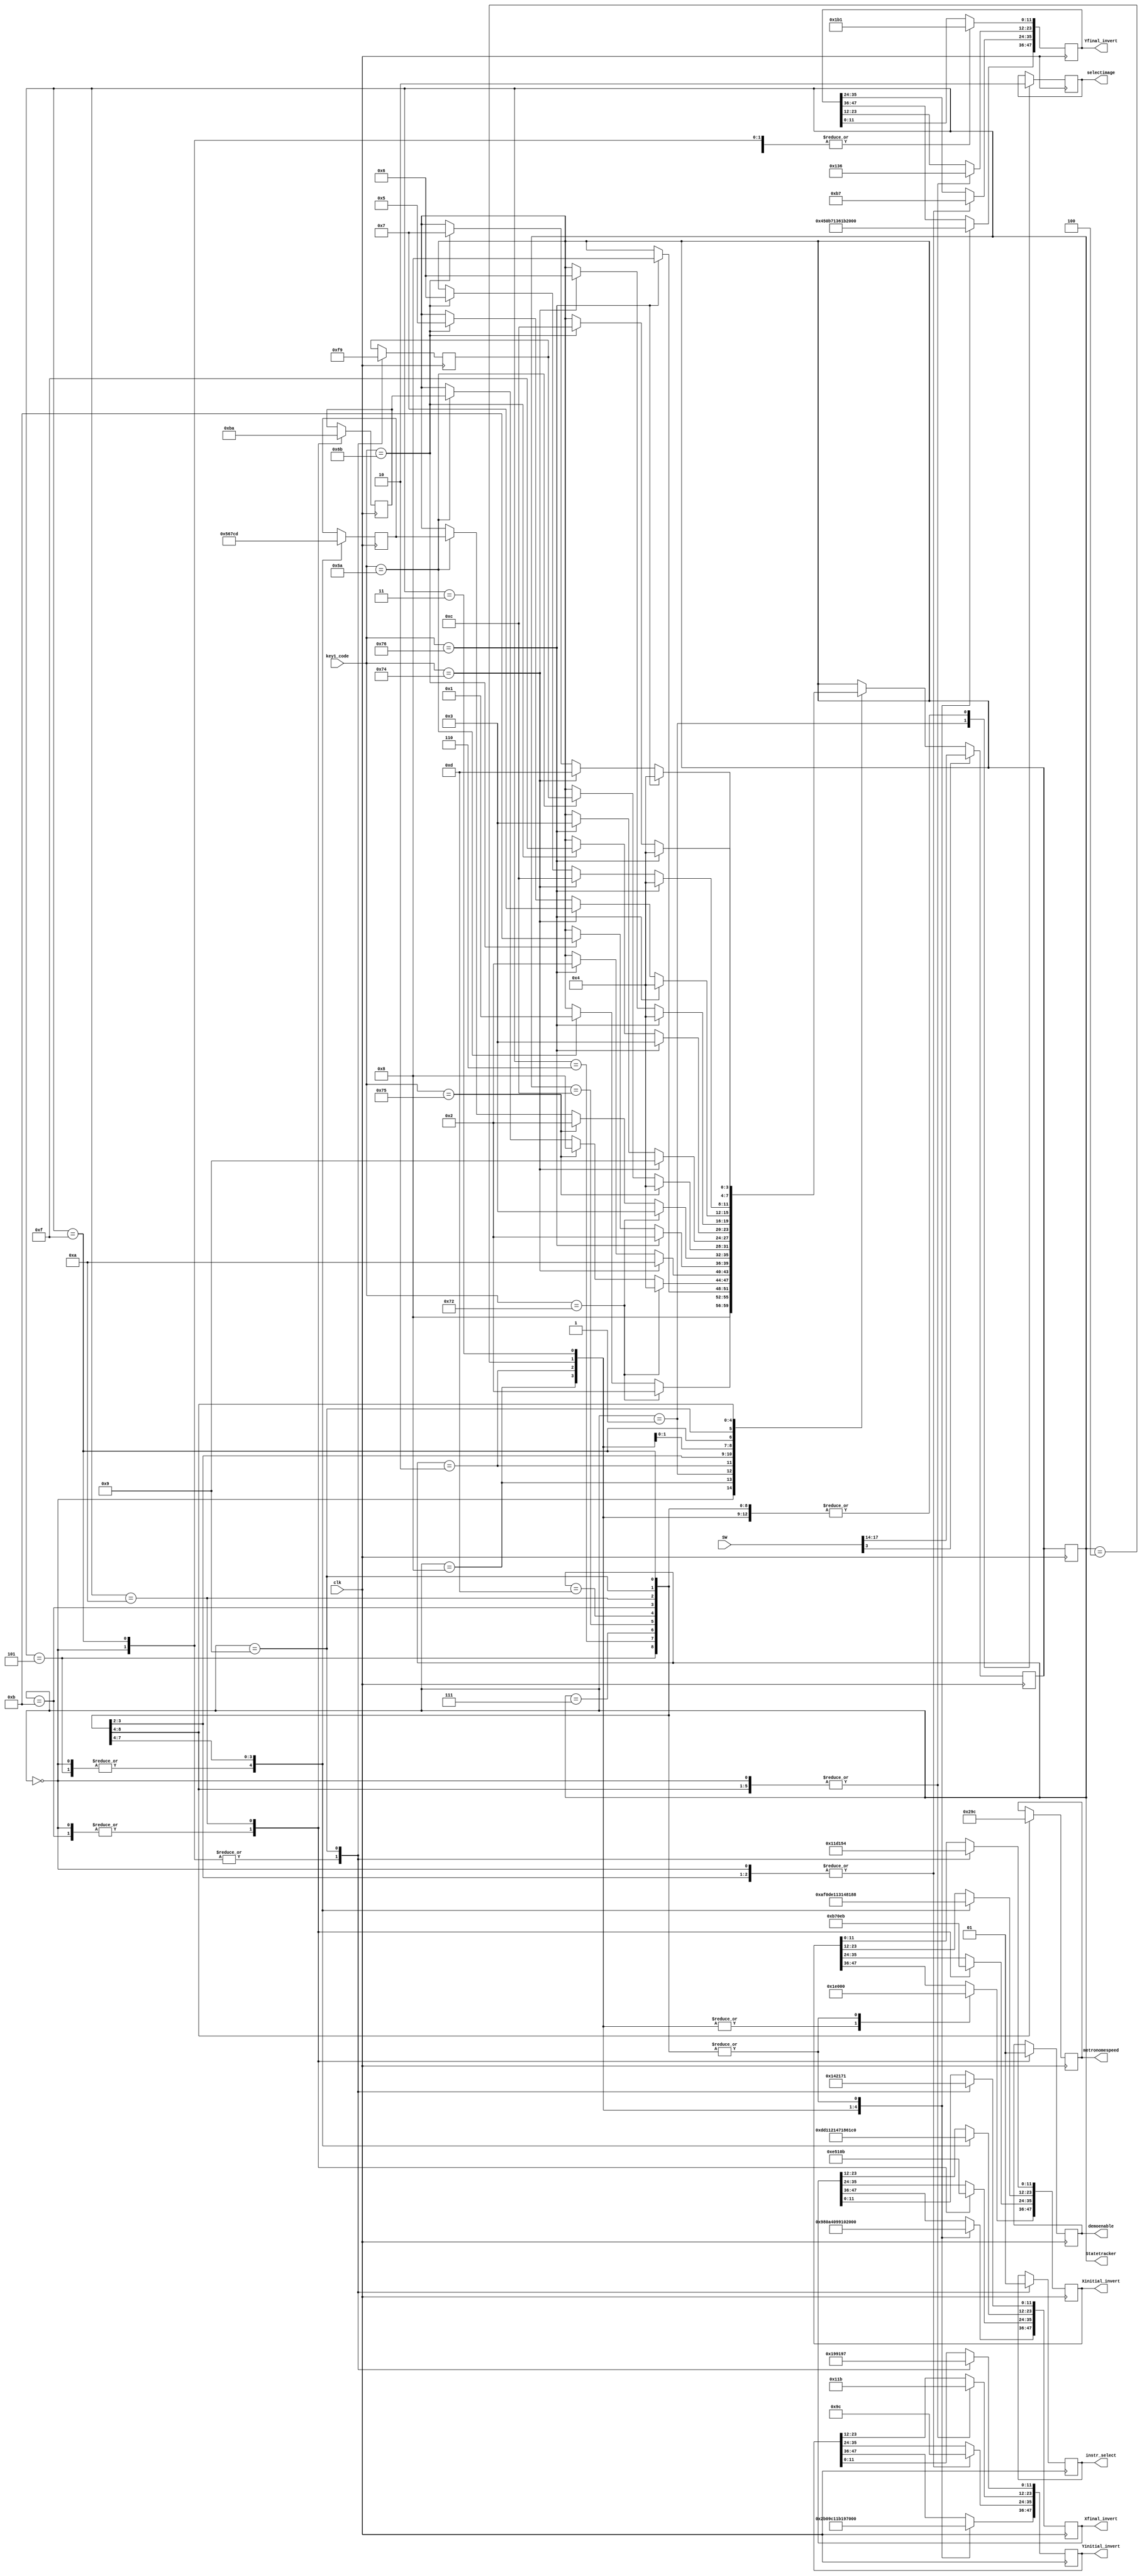
module MenuStateMachine(
input [7:0] key1_code,
input [17:0] SW, //For debugging purposes
input clk,
output reg [47:0]Xinitial_invert, //[47:36] is the first inverted zone(main buttons), [35:24] for 2nd(demo on/off), [23:12] for 3rd(bpm), [11:0] for 4th (instrument)
output reg [47:0]Xfinal_invert,
output reg [47:0]Yinitial_invert, //[47:36] is the first inverted zone(main buttons), [35:24] for 2nd(demo on/off), [23:12] for 3rd(bpm), [11:0] for 4th (instrument)
output reg [47:0]Yfinal_invert,
output reg selectimage, //0 for main menu, 1 for keys screen
output reg [2:0] metronomespeed,
//output ,//specific addresses to invert for needle
output reg demoenable, //0 for user inputs playing, 1 for demo track playing
output reg instr_select,
output [3:0] Statetracker
);

reg [3:0] S;
reg[3:0] NS;
assign Statetracker = S;
parameter
Start 					= 4'b0000, //***0th State to instantiate the demo/metro OFF button
View_Keys_Highl 		= 4'b1000, 
Display_Keys 			= 4'b0001,
Demo_Highl 				= 4'b0010,
Demo_ON 					= 4'b1010,
Demo_OFF					= 4'b1011,
Select_Instr_Highl 	= 4'b0011,
Instr1					= 4'b1111,
Instr2					= 4'b1001,
Metro_Highl 			= 4'b0100,
Metro_Off 				= 4'b0101,
Metro_80bpm 			= 4'b0110,
Metro_90bpm 			= 4'b0111,
Metro_100bpm 			= 4'b1100,
Metro_110bpm 			= 4'b1101;
//Maybe states for a new screen for instrument selection, maybe display everything in the main menu to save memory/ compile time?


always @(posedge clk) 
S <= NS;

always @(posedge clk) begin
if(SW[3]) NS <= SW[17:14]; //For debugging purposes
else
	case(S)
		Start:				//////////////////////////////////////////////////////////////////////////////////////////////////////////////////////////////////////
			NS<= View_Keys_Highl;
			
		View_Keys_Highl: 	//////////////////////////////////////////////////////////////////////////////////////////////////////////////////////////////////////
		begin
			if(key1_code == 8'b01110010) //down arrow
				NS <= Demo_Highl;
			else if(key1_code == 8'h5a) //enter
				NS <= Display_Keys;
		end
		Display_Keys:		//////////////////////////////////////////////////////////////////////////////////////////////////////////////////////////////////////
		begin
			if(key1_code == 8'h76) //escape
				NS <= View_Keys_Highl;
		end
		Demo_Highl:			//////////////////////////////////////////////////////////////////////////////////////////////////////////////////////////////////////
		begin
			if(key1_code == 8'h72) //down arrow
				NS <= Metro_Highl;
			else if(key1_code == 8'h75) //up arrow
				NS <= View_Keys_Highl;
			else if(key1_code == 8'h5a)
				NS <= demoremember;
		
		end
		Demo_OFF:
		begin
			if(key1_code == 8'h74) //right arrow
				NS <= Demo_ON;
			else if(key1_code == 8'h76) //escape
				NS <= Demo_Highl;
		end
		Demo_ON:
		begin
			if(key1_code == 8'h76) //escape
				NS <= Demo_Highl;
			else if(key1_code == 8'h6b) // left arrow
				NS <= Demo_OFF;
		end
		Metro_Highl:		//////////////////////////////////////////////////////////////////////////////////////////////////////////////////////////////////////
		begin
			if(key1_code == 8'h72) //down arrow
				NS <= Select_Instr_Highl;
			else if(key1_code == 8'h75) //up arrow
				NS <= Demo_Highl;
			else if(key1_code == 8'h5a) //enter
				NS <= BPMremember; //Goes to the currently selected option
		end
		Select_Instr_Highl://////////////////////////////////////////////////////////////////////////////////////////////////////////////////////////////////////
			begin
				if(key1_code == 8'h75) //up arrow
					NS <= Metro_Highl;
				else if(key1_code == 8'h5a) //enter
					NS <= instr_remember;
			end
		Instr1:
		begin
			if(key1_code == 8'h74) //right arrow
				NS <= Instr2;
			else if(key1_code == 8'h76) //escape
				NS <= Select_Instr_Highl;
		end
		Instr2:
		begin
			if(key1_code == 8'h76) //escape
				NS <= Select_Instr_Highl;
			else if(key1_code == 8'h6b) // left arrow
				NS <= Instr1;
		end
		Metro_Off:			//////////////////////////////////////////////////////////////////////////////////////////////////////////////////////////////////////
			begin
				if(key1_code == 8'h76) //escape
					NS <= Metro_Highl;
				else if(key1_code == 8'h74) //right arrow
					NS <= Metro_80bpm;
			end
		Metro_80bpm:		//////////////////////////////////////////////////////////////////////////////////////////////////////////////////////////////////////
			begin
				if(key1_code == 8'h76) //escape
					NS <= Metro_Highl;
				else if(key1_code == 8'h74) //right arrow
					NS <= Metro_90bpm;
				else if(key1_code == 8'h6b) // left arrow
					NS <= Metro_Off;
			end
		Metro_90bpm:		//////////////////////////////////////////////////////////////////////////////////////////////////////////////////////////////////////
			begin
				if(key1_code == 8'h76) //escape
					NS = Metro_Highl;
				else if(key1_code == 8'h74) //right arrow
					NS = Metro_100bpm;
				else if(key1_code == 8'h6b) // left arrow
					NS = Metro_80bpm;
			end
		Metro_100bpm:		//////////////////////////////////////////////////////////////////////////////////////////////////////////////////////////////////////
			begin
				if(key1_code == 8'h76) //escape
					NS = Metro_Highl;
				else if(key1_code == 8'h74) //right arrow
					NS = Metro_110bpm;
				else if(key1_code == 8'h6b) // left arrow
					NS = Metro_90bpm;
			end
		Metro_110bpm:		//////////////////////////////////////////////////////////////////////////////////////////////////////////////////////////////////////
			begin
				if(key1_code == 8'h76) //escape
					NS = Metro_Highl;
				else if(key1_code == 8'h6b) // left arrow
					NS = Metro_100bpm;
			end
endcase
end


reg [3:0] BPMremember;
reg [3:0] demoremember;
reg [3:0] instr_remember;

always@(posedge clk) begin //behavior
case(S)
		Start:
			begin
				Xinitial_invert[35:24] <= 12'd183;//DemoOFF
				Xfinal_invert[35:24] <=	  12'd229;//DemoOFF
				Yinitial_invert[35:24] <= 12'd156;//DemoOFF
				Yfinal_invert[35:24] <=	  12'd183;//DemoOFF
				Xinitial_invert[23:12] <= 12'd175;//bpmOFF
				Xfinal_invert[23:12] <=	  12'd221;//bpmOFF
				Yinitial_invert[23:12] <= 12'd283;//bpmOFF
				Yfinal_invert[23:12] <=	  12'd310;//bpmOFF
				Xinitial_invert[11:0] <=	12'd285; //Default instrument
				Xfinal_invert[11:0] <= 		12'd322; //Default instrument
				Yinitial_invert[11:0] <= 	12'd409; //Default instrument
				Yfinal_invert[11:0] <=		12'd433; //Default instrument
				demoenable <= 1'b0;
				demoremember <= Demo_OFF;
				instr_remember <= Instr1;
				BPMremember <= Metro_Off;
				instr_select <= 1'b0;
				
			end
		View_Keys_Highl:
			begin
				selectimage <= 0;
				Xinitial_invert[47:36] <= 12'd30;
				Xfinal_invert[47:36] <=	  12'd152;
				Yinitial_invert[47:36] <= 12'd43;
				Yfinal_invert[47:36] <=	  12'd69;
			end
		Display_Keys:
			selectimage = 1;
		Demo_Highl:
			begin
				selectimage <= 0;
				Xinitial_invert[47:36] <= 12'd30;
				Xfinal_invert[47:36] <= 12'd164;
				Yinitial_invert[47:36] <= 12'd156;
				Yfinal_invert[47:36] <=12'd183;
	/*			
				if(key1_code == 8'h5a)
					demoflag <= ~demoflag;
				if(!demoflag)
					begin
					Xinitial_invert[35:24] <= 12'd183;//DemoOFF
					Xfinal_invert[35:24] <=	  12'd229;//DemoOFF
					Yinitial_invert[35:24] <= 12'd156;//DemoOFF
					Yfinal_invert[35:24] <=	  12'd183;//DemoOFF
					demoenable <= 1'b0; //turn off demo
					end
				else
					begin
					Xinitial_invert[35:24] <= 12'd235;
					Xfinal_invert[35:24] <=	  12'd267;
					Yinitial_invert[35:24] <= 12'd156;
					Yfinal_invert[35:24] <=	  12'd183;
					demoenable = 1'b1; //Turn on demo
					end */
			end
		Demo_OFF:
			begin
				selectimage <= 0;
				
				Xinitial_invert[47:36] <= 12'd0; //De-highlight Demo_Highl
				Xfinal_invert[47:36] <= 12'd0;
				Yinitial_invert[47:36] <= 12'd0;
				Yfinal_invert[47:36] <=12'd0;
				
				Xinitial_invert[35:24] <= 12'd183;//DemoOFF
				Xfinal_invert[35:24] <=	  12'd229;//DemoOFF
				Yinitial_invert[35:24] <= 12'd156;//DemoOFF
				Yfinal_invert[35:24] <=	  12'd183;//DemoOFF
				demoenable <= 1'b0; //turn off demo
				
				demoremember = Demo_OFF;
				
			end
		Demo_ON:
			begin
				selectimage <= 0;
				
				Xinitial_invert[47:36] <= 12'd0; //De-highlight Demo_Highl
				Xfinal_invert[47:36] <= 12'd0;
				Yinitial_invert[47:36] <= 12'd0;
				Yfinal_invert[47:36] <=12'd0;
				
				Xinitial_invert[35:24] <= 12'd235;
				Xfinal_invert[35:24] <=	  12'd267;
				Yinitial_invert[35:24] <= 12'd156;
				Yfinal_invert[35:24] <=	  12'd183;
				demoenable = 1'b1; //Turn on demo
				
				
				demoremember = Demo_ON;
			end
		Metro_Highl:
			begin
				selectimage <= 0;
				Xinitial_invert[47:36] <= 12'd30;
				Xfinal_invert[47:36] <=12'd153;
				Yinitial_invert[47:36] <=12'd283;
				Yfinal_invert[47:36] <=12'd310;
			end
		Select_Instr_Highl:
			begin
				selectimage <= 0;
				Xinitial_invert[47:36] <= 12'd30;
				Xfinal_invert[47:36] <=12'd258;
				Yinitial_invert[47:36] <=12'd407;
				Yfinal_invert[47:36] <=12'd434;
				
				
/*				if(key1_code == 8'h5a)
					instrflag = ~instrflag;
				if(!instrflag)
					begin
					Xinitial_invert[11:0] <= 12'd285;
					Xfinal_invert[11:0] <= 12'd322;
					Yinitial_invert[11:0] <= 12'd409;
					Yfinal_invert[11:0] <= 12'd433;
					
					instr_select <= 1'b0;
					end
				else
					begin
					Xinitial_invert[11:0] <= 12'd340;
					Xfinal_invert[11:0] <= 12'd369;
					Yinitial_invert[11:0] <= 12'd407;
					Yfinal_invert[11:0] <= 12'd433;
					
					instr_select <= 1'b1;
					end*/
			end
		Instr1:
		begin
			selectimage <= 0;
			
			instr_remember <= Instr1;
			
			instr_select <= 1'b0;
			
			Xinitial_invert[47:36] <= 12'd0;
			Xfinal_invert[47:36] <=12'd0;
			Yinitial_invert[47:36] <=12'd0;
			Yfinal_invert[47:36] <=12'd0;
			
			Xinitial_invert[11:0] <= 12'd285;
			Xfinal_invert[11:0] <= 12'd322;
			Yinitial_invert[11:0] <= 12'd409;
			Yfinal_invert[11:0] <= 12'd433;
			
			
		end
		Instr2:
		begin
			selectimage <= 0;
			
			instr_remember <= Instr2;
			
			instr_select <= 1'b1;
			
			Xinitial_invert[47:36] <= 12'd0;
			Xfinal_invert[47:36] <=12'd0;
			Yinitial_invert[47:36] <=12'd0;
			Yfinal_invert[47:36] <=12'd0;
			
			Xinitial_invert[11:0] <= 12'd340;
			Xfinal_invert[11:0] <= 12'd369;
			Yinitial_invert[11:0] <= 12'd407;
			Yfinal_invert[11:0] <= 12'd433;
			
			
		end
		Metro_Off:
			begin
				selectimage <= 0;
				
				BPMremember <= Metro_Off;
				
				Xinitial_invert[47:36] <= 12'd0;
				Xfinal_invert[47:36] <=12'd0;
				Yinitial_invert[47:36] <=12'd0;
				Yfinal_invert[47:36] <=12'd0;
				
				Xinitial_invert[23:12] <= 12'd175;//bpmOFF
				Xfinal_invert[23:12] <=	  12'd221;//bpmOFF
				Yinitial_invert[23:12] <= 12'd283;//bpmOFF
				Yfinal_invert[23:12] <=	  12'd310;//bpmOFF
				
				metronomespeed <= 3'd0;
			end
		Metro_80bpm:
			begin
				selectimage <= 0;
				
				BPMremember <= Metro_80bpm;
				
				Xinitial_invert[47:36] 	<=12'd0;
				Xfinal_invert[47:36] 	<=12'd0;
				Yinitial_invert[47:36] 	<=12'd0;
				Yfinal_invert[47:36] 	<=12'd0;
				
				Xinitial_invert[23:12] 	<= 12'd222;
				Xfinal_invert[23:12] 	<= 12'd274;
				Yinitial_invert[23:12] 	<= 12'd283;
				Yfinal_invert[23:12] 	<=	12'd310;
				
				metronomespeed <= 3'd1;
			end
		Metro_90bpm:
			begin
				selectimage <= 0;
				
				BPMremember <= Metro_90bpm;
				
				Xinitial_invert[47:36] 	<= 12'd0;
				Xfinal_invert[47:36] 	<= 12'd0;
				Yinitial_invert[47:36] 	<= 12'd0;
				Yfinal_invert[47:36] 	<= 12'd0;
				
				Xinitial_invert[23:12] 	<= 12'd275;
				Xfinal_invert[23:12] 	<= 12'd327;
				Yinitial_invert[23:12] 	<= 12'd283;
				Yfinal_invert[23:12] 	<= 12'd310;
				
				metronomespeed <= 3'd2;
			end
		Metro_100bpm:
			begin
				selectimage <= 0;
				
				BPMremember <= Metro_100bpm;
				
				Xinitial_invert[47:36] 	<= 12'd0;
				Xfinal_invert[47:36] 	<= 12'd0;
				Yinitial_invert[47:36] 	<= 12'd0;
				Yfinal_invert[47:36] 	<= 12'd0;
				
				Xinitial_invert[23:12] 	<= 12'd328;
				Xfinal_invert[23:12] 	<= 12'd390;
				Yinitial_invert[23:12] 	<= 12'd283;
				Yfinal_invert[23:12] 	<=	12'd310;
				
				metronomespeed <= 3'd3;
			end
		Metro_110bpm:
			begin
				selectimage <= 0;
				
				BPMremember <= Metro_110bpm;
				
				Xinitial_invert[47:36] 	<= 12'd0;
				Xfinal_invert[47:36] 	<= 12'd0;
				Yinitial_invert[47:36] 	<= 12'd0;
				Yfinal_invert[47:36] 	<= 12'd0;
				
				Xinitial_invert[23:12] 	<= 12'd391;
				Xfinal_invert[23:12] 	<= 12'd450;
				Yinitial_invert[23:12] 	<= 12'd283;
				Yfinal_invert[23:12] 	<=	12'd310;
				
				metronomespeed <= 3'd4;
			end								
	

endcase






end
		
endmodule